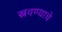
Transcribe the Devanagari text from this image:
स्त्रवण्याचे